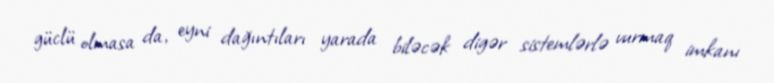
güclü olmasa da, eyni dağıntıları yarada biləcək digər sistemlərlə vurmaq imkanı